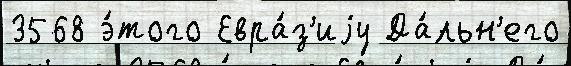
3568 э́того Евра́з'иjу Да́льн'его